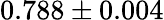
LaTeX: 0.788\pm 0.004